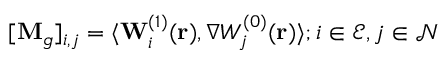
[ \mathbf { M } _ { g } ] _ { i , j } = \langle \mathbf { W } _ { i } ^ { ( 1 ) } ( \mathbf { r } ) , \nabla W _ { j } ^ { ( 0 ) } ( \mathbf { r } ) \rangle ; i \in \mathcal { E } , j \in \mathcal { N }